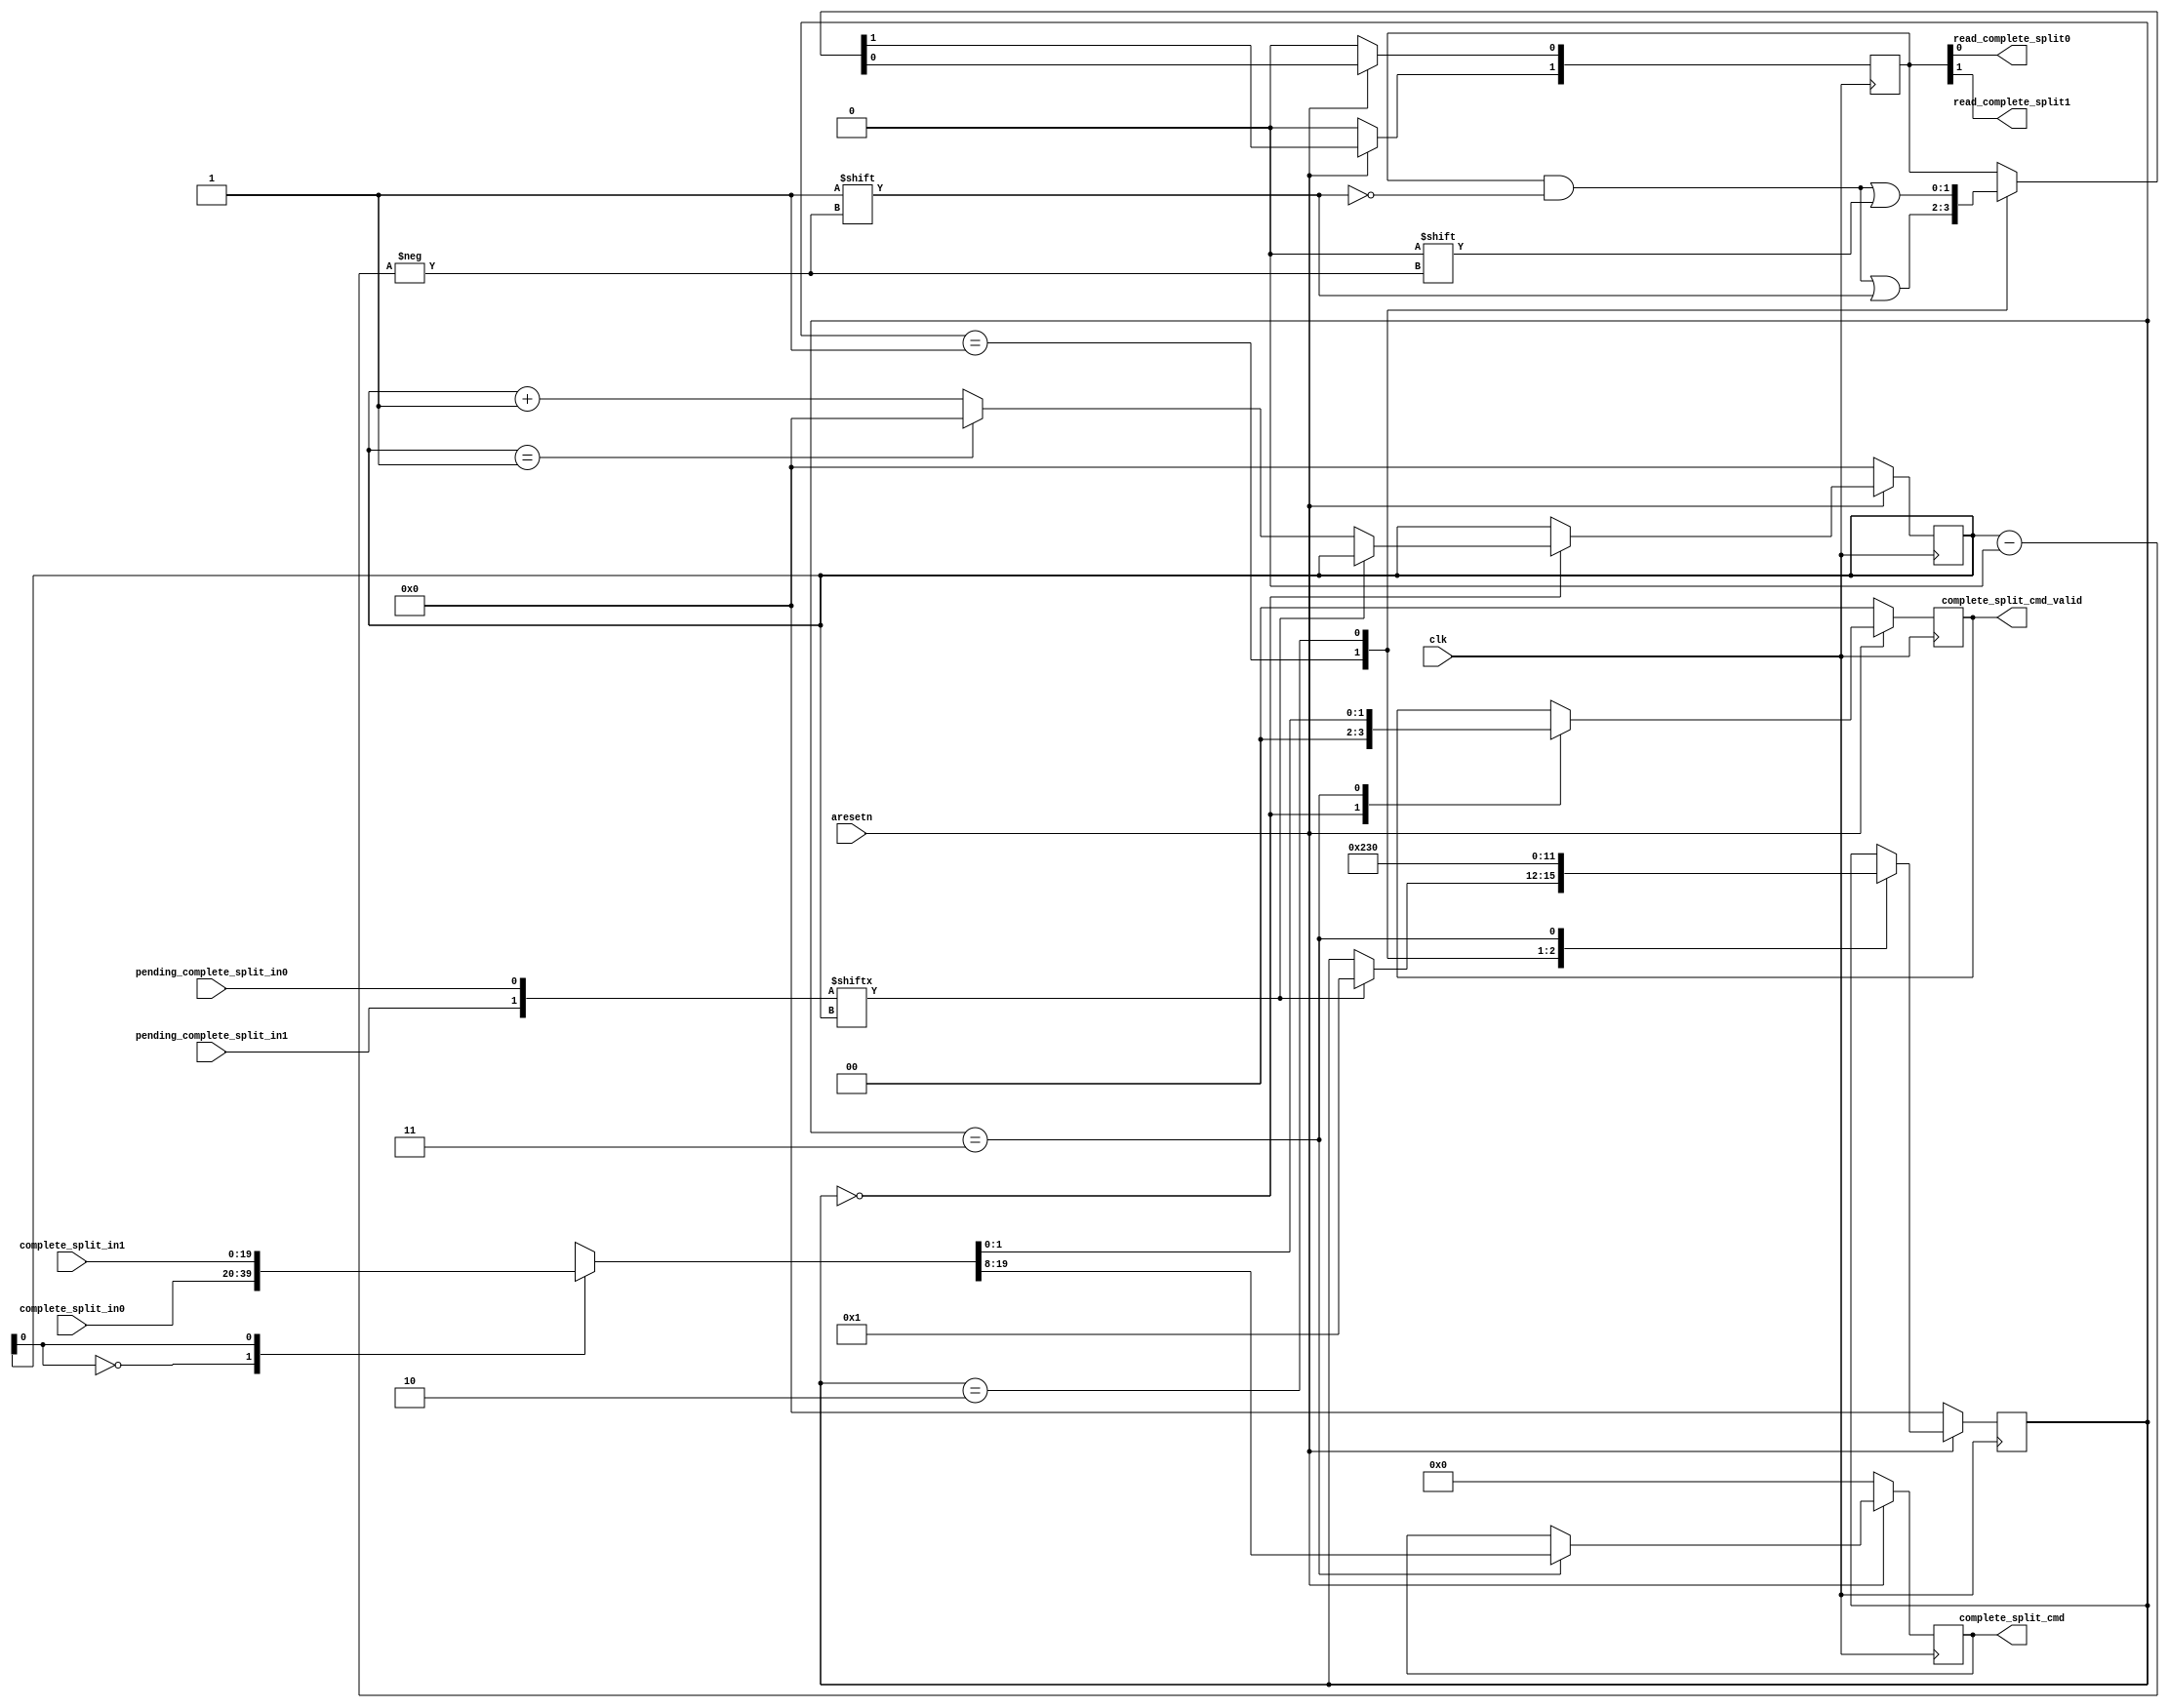
`timescale 1ns / 1ps

module split_com_arbitter#(
parameter integer NUM_DIMMS = 2

)(
    input clk,
    input aresetn,
    input wire [19:0] complete_split_in0,
    input wire pending_complete_split_in0,
    output wire read_complete_split0,
    input wire [19:0] complete_split_in1,
    input wire pending_complete_split_in1,
    output wire read_complete_split1,
    output reg [11:0] complete_split_cmd,
    output reg [NUM_DIMMS-1:0] complete_split_cmd_valid 
    );
    
    wire [19:0] complete_split[NUM_DIMMS-1:0];
    wire [NUM_DIMMS-1:0] pending_complete_split;
    reg [NUM_DIMMS-1:0] read_complete_split;
    
    assign complete_split[0] = complete_split_in0;
    assign complete_split[1] = complete_split_in1;
    
    assign pending_complete_split[0] = pending_complete_split_in0;
    assign pending_complete_split[1] = pending_complete_split_in1;
    
    assign read_complete_split0 = read_complete_split[0]; 
    assign read_complete_split1 = read_complete_split[1]; 
    
    reg [3:0] counter;
    reg [3:0] state;
    
    integer i;
    always @( posedge clk )
    begin
        if ( aresetn == 1'b0 ) begin  
              //  for ( i = 0; i < NUM_NEARPM_UNITS ; i = i + 1)
            complete_split_cmd <= 12'd0;
            complete_split_cmd_valid <= 1'b0;
            counter <= 4'd0;
            state <= 4'd0;
            for ( i = 0; i < NUM_DIMMS ; i = i + 1)
                read_complete_split[i] <= 1'b0; 
        end
        else begin
            //counter <= counter + 4'd1;
            //if(counter == NUM_DIMMS-1)
            //    counter <= 4'd0;
            //state machine to read and broadcast
            case(state)
            4'd0:begin
                complete_split_cmd_valid <= 32'd0;  
                if(pending_complete_split[counter])
                    state <= 4'd1;
                else begin
                    counter <= counter +4'd1;
                    if(counter == NUM_DIMMS-1)
                        counter <= 4'd0;
                end  
            end
            4'd1: begin
                state <= 4'd2;  
                read_complete_split[counter] <= 1'b1;         
            end
            4'd2: begin
                state <= 4'd3;  
                read_complete_split[counter] <= 1'b0;         
            end
            4'd3: begin
                state <= 4'd0;  
                complete_split_cmd <= complete_split[counter][19:8];    
                complete_split_cmd_valid <= complete_split[counter][7:0];  
            end          
           
            endcase
            
             
        end
    end
    
endmodule